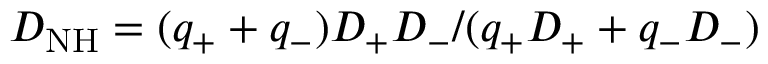
D _ { \mathrm { N H } } = ( q _ { + } + q _ { - } ) D _ { + } D _ { - } / ( q _ { + } D _ { + } + q _ { - } D _ { - } )